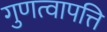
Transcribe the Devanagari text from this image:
गुणत्वापत्ति